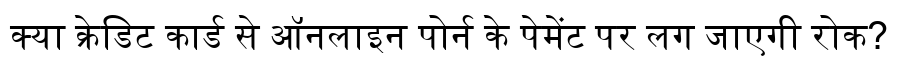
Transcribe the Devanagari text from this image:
क्या क्रेडिट कार्ड से ऑनलाइन पोर्न के पेमेंट पर लग जाएगी रोक?